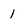
Character: l